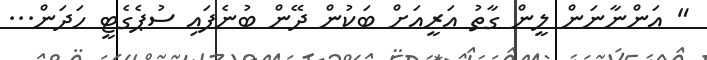
" އަންނާނަން ލީން ގާތު އަރީއަށް ބަކުން ދޭން ބުނެފައި ސުޕެގެޓީ ހަދަން...